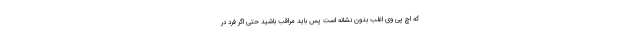
که اچ پی وی اغلب بدون نشانه است پس باید مراقب باشید حتی اگر فرد در